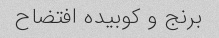
برنج و کوبیده افتضاح